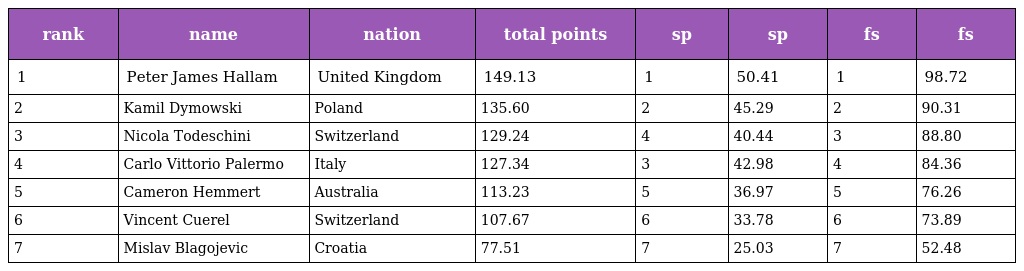
| rank | name | nation | total points | sp | sp | fs | fs |
 | --- | --- | --- | --- | --- | --- | --- | --- |
 | 1 | Peter James Hallam | United Kingdom | 149.13 | 1 | 50.41 | 1 | 98.72 |
 | 2 | Kamil Dymowski | Poland | 135.60 | 2 | 45.29 | 2 | 90.31 |
 | 3 | Nicola Todeschini | Switzerland | 129.24 | 4 | 40.44 | 3 | 88.80 |
 | 4 | Carlo Vittorio Palermo | Italy | 127.34 | 3 | 42.98 | 4 | 84.36 |
 | 5 | Cameron Hemmert | Australia | 113.23 | 5 | 36.97 | 5 | 76.26 |
 | 6 | Vincent Cuerel | Switzerland | 107.67 | 6 | 33.78 | 6 | 73.89 |
 | 7 | Mislav Blagojevic | Croatia | 77.51 | 7 | 25.03 | 7 | 52.48 |